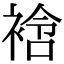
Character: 𧚼